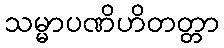
သမ္မာပဏိဟိတတ္တာ